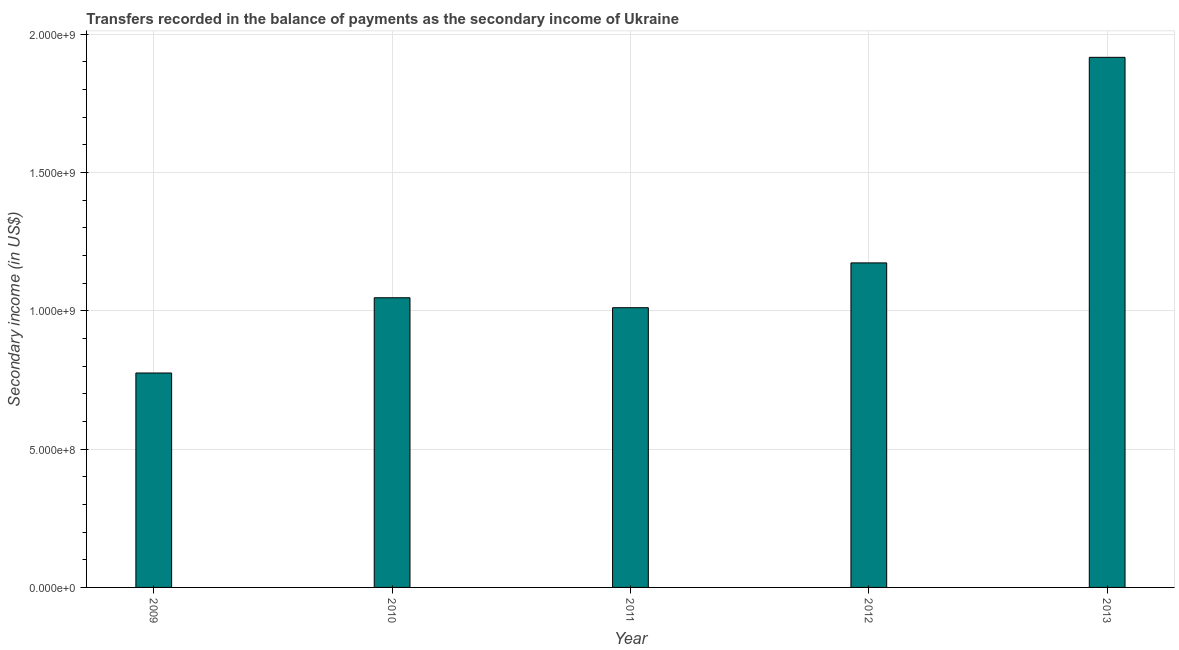
| Year | Secondary income |
 | --- | --- |
 | 2009 | 7.75e+08 |
 | 2010 | 1.05e+09 |
 | 2011 | 1.01e+09 |
 | 2012 | 1.17e+09 |
 | 2013 | 1.92e+09 |